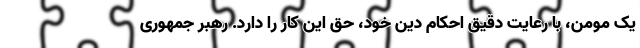
یک مومن، با رعایت دقیق احکام دین خود، حق این کار را دارد. رهبر جمهوری